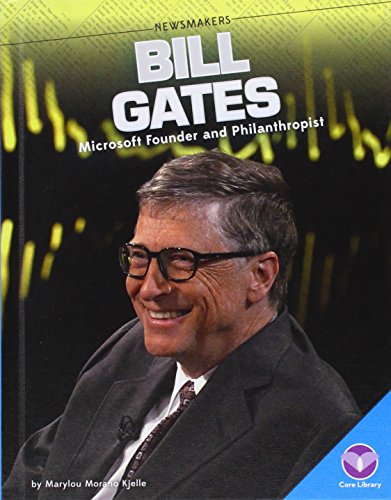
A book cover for Bill Gates:: Microsoft Founder and Philanthropist (Newsmakers); Marylou Morano Kjelle; Children's Books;